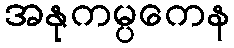
အနုကမ္ပကေန